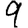
Digit: 9